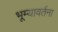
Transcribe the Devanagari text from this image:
भूम्यावर्तना